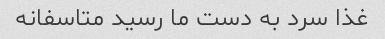
غذا سرد به دست ما رسید متاسفانه